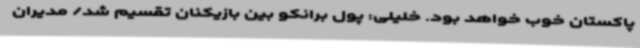
پاکستان خوب خواهد بود. خلیلی: پول برانکو بین بازیکنان تقسیم شد/ مدیران